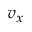
v _ { x }